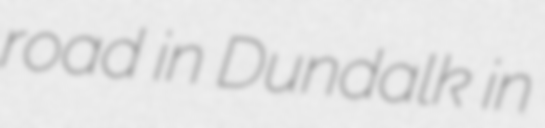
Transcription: road in Dundalk in